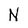
Character: N